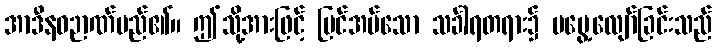
အာဒီနဝဉာဏ်မည်၏။ ဤသို့အားဖြင့် မြင်အပ်သော သင်္ခါရတရား၌ မမွေ့လျော်ခြင်းသည်